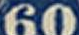
60